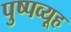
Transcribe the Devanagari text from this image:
पुष्पव्यूह